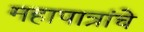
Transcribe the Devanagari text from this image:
महापात्रांचे